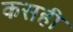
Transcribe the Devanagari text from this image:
कसही